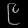
Digit: ၉